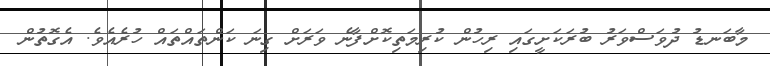
މާބަނޑު ދުވަސްވަރު ބުރަކަށީގައި ރިހުން ކުރިމަތިކޮށްފާނެ ވަރަށް ގިނަ ކަންތައްތައް ހުރެއެވެ. އެގޮތުން